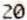
20